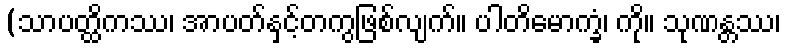
(သာပတ္ထိကဿ၊ အာပတ်နှင့်တကွဖြစ်လျက်။ ပါတိမောက္ခံ၊ ကို။ သုဏန္တဿ၊